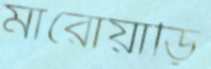
মারোয়াড়ি